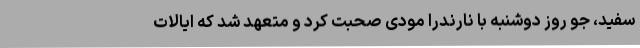
سفید، جو روز دوشنبه با نارندرا مودی صحبت کرد و متعهد شد که ایالات